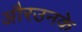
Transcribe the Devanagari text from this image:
औरउनके